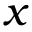
x